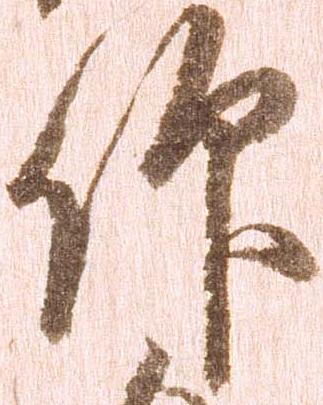
仰